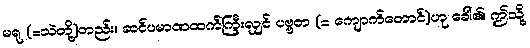
မရု (=သဲတို့)တည်း။ ဆင်ပမာဏထက်ကြီးလျှင် ပဗ္ဗတ (= ကျောက်တောင်)ဟု ခေါ်၏၊ ဤသို့